Plague in India, 1896, 1897 - Volume 3
Year: 1896
Disease focus: Plague
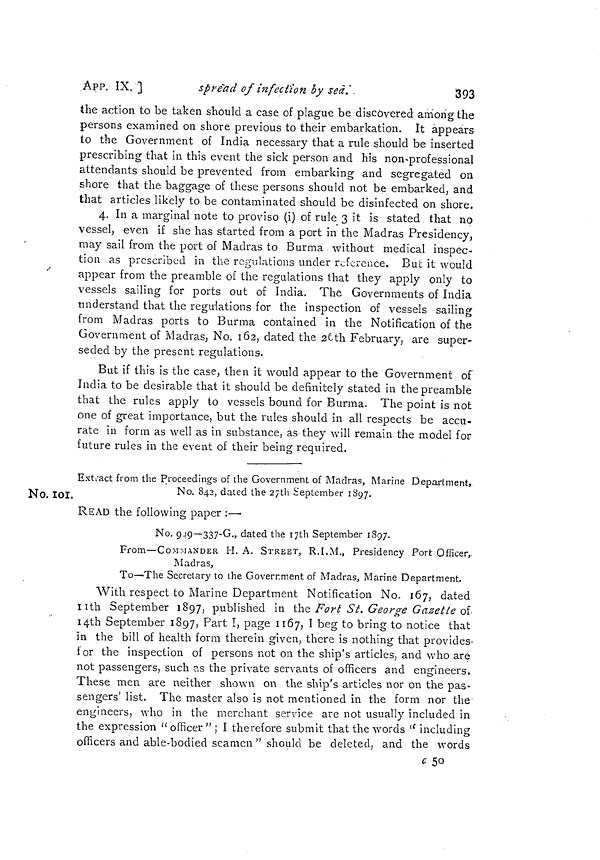
393
APP. IX. ]
sprëad of infection by sea.
the action to be taken should a case of plague be discovered among the
persons examined on shore previous to their embarkation. It appears
to the Government of India necessary that a rule should be inserted
prescribing that in this event the sick person and his non-professional
attendants should be prevented from embarking and segregated on
shore that the baggage of these persons should not be embarked, and
that articles likely to be contaminated should be disinfected on shore.
4, In a marginal note to proviso (i) of rule 3 it is stated that no
vessel, even if she has started from a port in the Madras Presidency,
may sail from the port of Madras to Burma without medical inspec-
tion as prescribed in the regulations under reference. But it would
appear from the preamble of the regulations that they apply only to
vessels sailing for ports out of India. The Governments of India
understand that the regulations for the inspection of vessels sailing
from Madras ports to Burma contained in the Notification of the
Government of Madras, No. 162, dated the 26th February, are super-
seded by the present regulations.
But if this is the case, then it would appear to the Government of
India to be desirable that it should be definitely stated in the preamble
that the rules apply to vessels bound for Burma. The point is not
one of great importance, but the rules should in all respects be accu-
rate in form as well as in substance, as they will remain the model for
future rules in the event of their being required.
Extract from the Proceedings of the Government of Madras, Marine Department,
No. 842, dated the 27th September 1897.
No. 101.
READ the following paper :—
No. 949-337-G., dated the 17th September 1897.
From—COMMANDER H. A. STREET, R.I.M., Presidency Port Officer,.
Madras,
To—The Secretary to the Government of Madras, Marine Department.
With respect to Marine Department Notification No. 167, dated
nth September 1897, published in the Fort St. George Gazette of
I4th September 1897, Part I, page 1167, I beg to bring to notice that
in the bill of health form therein given, there is nothing that provides-
for the inspection of persons not on the ship's articles, and who are
not passengers, such as the private servants of officers and engineers.
These men are neither shown on the ship's articles nor on the pas-
sengers' list. The master also is not mentioned in the form nor the
engineers, who in the merchant service are not usually included in
the expression "officer" ; I therefore submit that the words "including
officers and able-bodied seamen " should be deleted, and the words
c 50